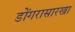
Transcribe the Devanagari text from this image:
डोंगरासारखा